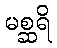
မစ္ဆရိ